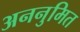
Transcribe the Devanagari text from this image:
अननुमित